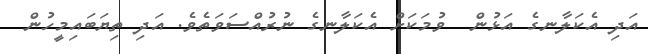
އަދި އެކަލާނގެ އަޅުން  ވުމަކަށް އެކަލާނގެ ނުރުއްސަވަތެވެ. އަދި ތިޔަބައިމީހުން